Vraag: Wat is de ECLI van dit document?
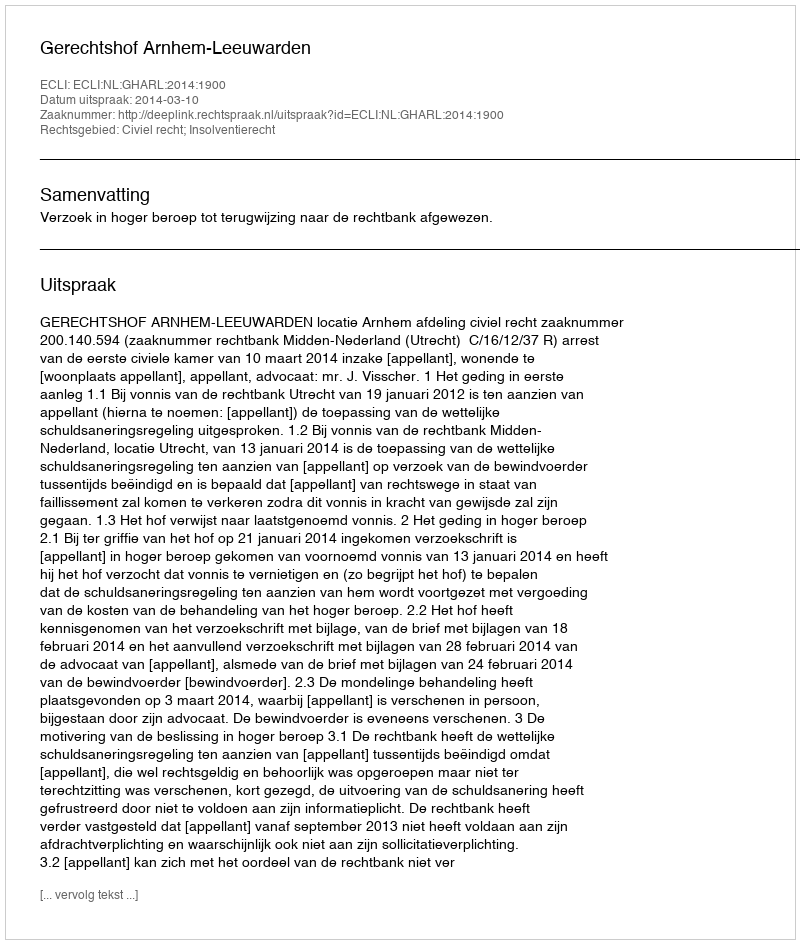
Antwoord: ECLI:NL:GHARL:2014:1900